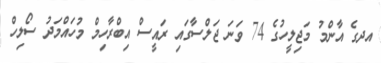
އދގެ އާންމު މަޖިލީހުގެ 74 ވަނަ ޖަލްސާގައި ރައީސް އިބްރާހިމް މުހައްމަދު ސޯލިހް